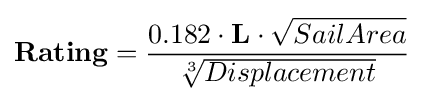
{\textbf {Rating}}={\frac {0.182\cdot {\textbf {L}}\cdot {\sqrt {SailArea}}}{\sqrt[{3}]{Displacement}}}